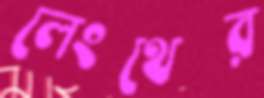
লেংথের